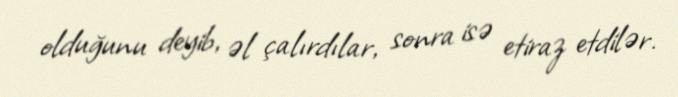
olduğunu deyib, əl çalırdılar, sonra isə etiraz etdilər.